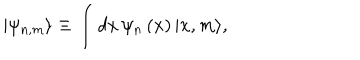
| \psi _ { n , m } \rangle \equiv \int d x \, \psi _ { n } \left( x \right) | x , m \rangle ,